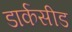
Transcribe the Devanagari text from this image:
डार्कसीड